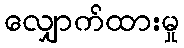
လျှောက်ထားမှု